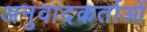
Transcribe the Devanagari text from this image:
अनुवादकर्ताओं